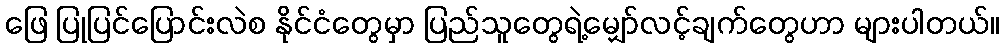
ဖြေ ပြုပြင်ပြောင်းလဲစ နိုင်ငံတွေမှာ ပြည်သူတွေရဲ့မျှော်လင့်ချက်တွေဟာ များပါတယ်။